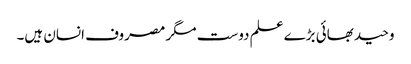
وحید بھائی بڑے علم دوست مگر مصروف انسان ہیں۔